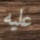
عليه